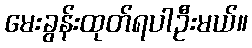
မေးခွန်းထုတ်ရပါဦးမယ်။